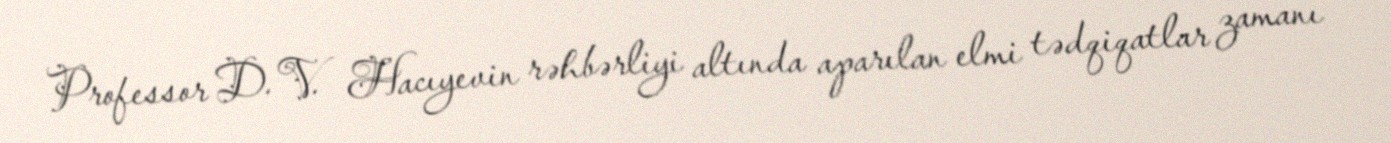
Professor D. V. Hacıyevin rəhbərliyi altında aparılan elmi tədqiqatlar zamanı